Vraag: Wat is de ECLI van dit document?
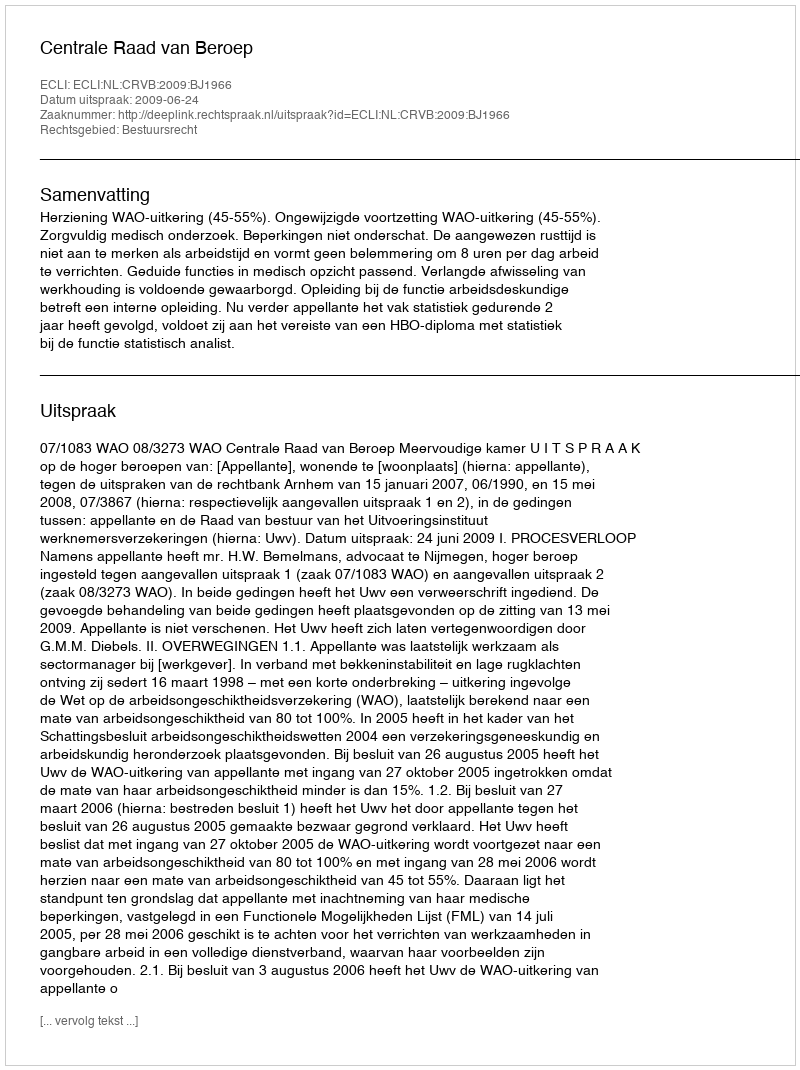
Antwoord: ECLI:NL:CRVB:2009:BJ1966